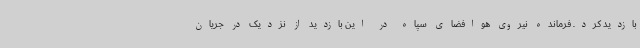
بازدید کرد. فرمانده نیروی هوافضای سپاه در این بازدید از نزدیک در جریان